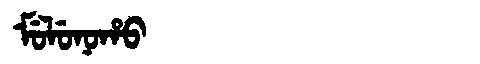
Manchu: ᠮᡠᠯᡠᠨᠣᡥᠣ
Romanization: MULUNOHO